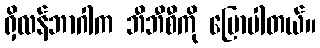
ရှိလန်ဘာဂါက ဘီဘီစီကို ပြောပါတယ်။